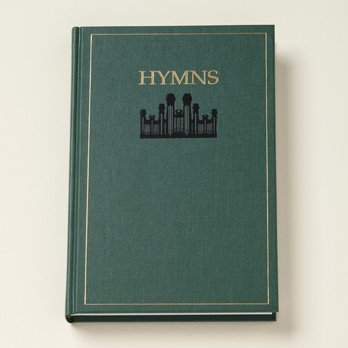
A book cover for Hymns of the Church of Jesus Christ of Latter-day Saints 1985; Various; Christian Books & Bibles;